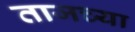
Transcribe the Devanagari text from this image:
ताजच्या